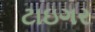
ટાઇગર